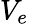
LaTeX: V_{e}